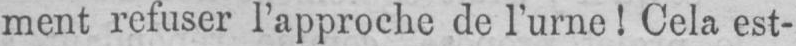
ment refuser l’approche de l’urne! Cela est-